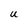
Character: U